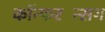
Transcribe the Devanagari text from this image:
कॉन्फरन्सिंग